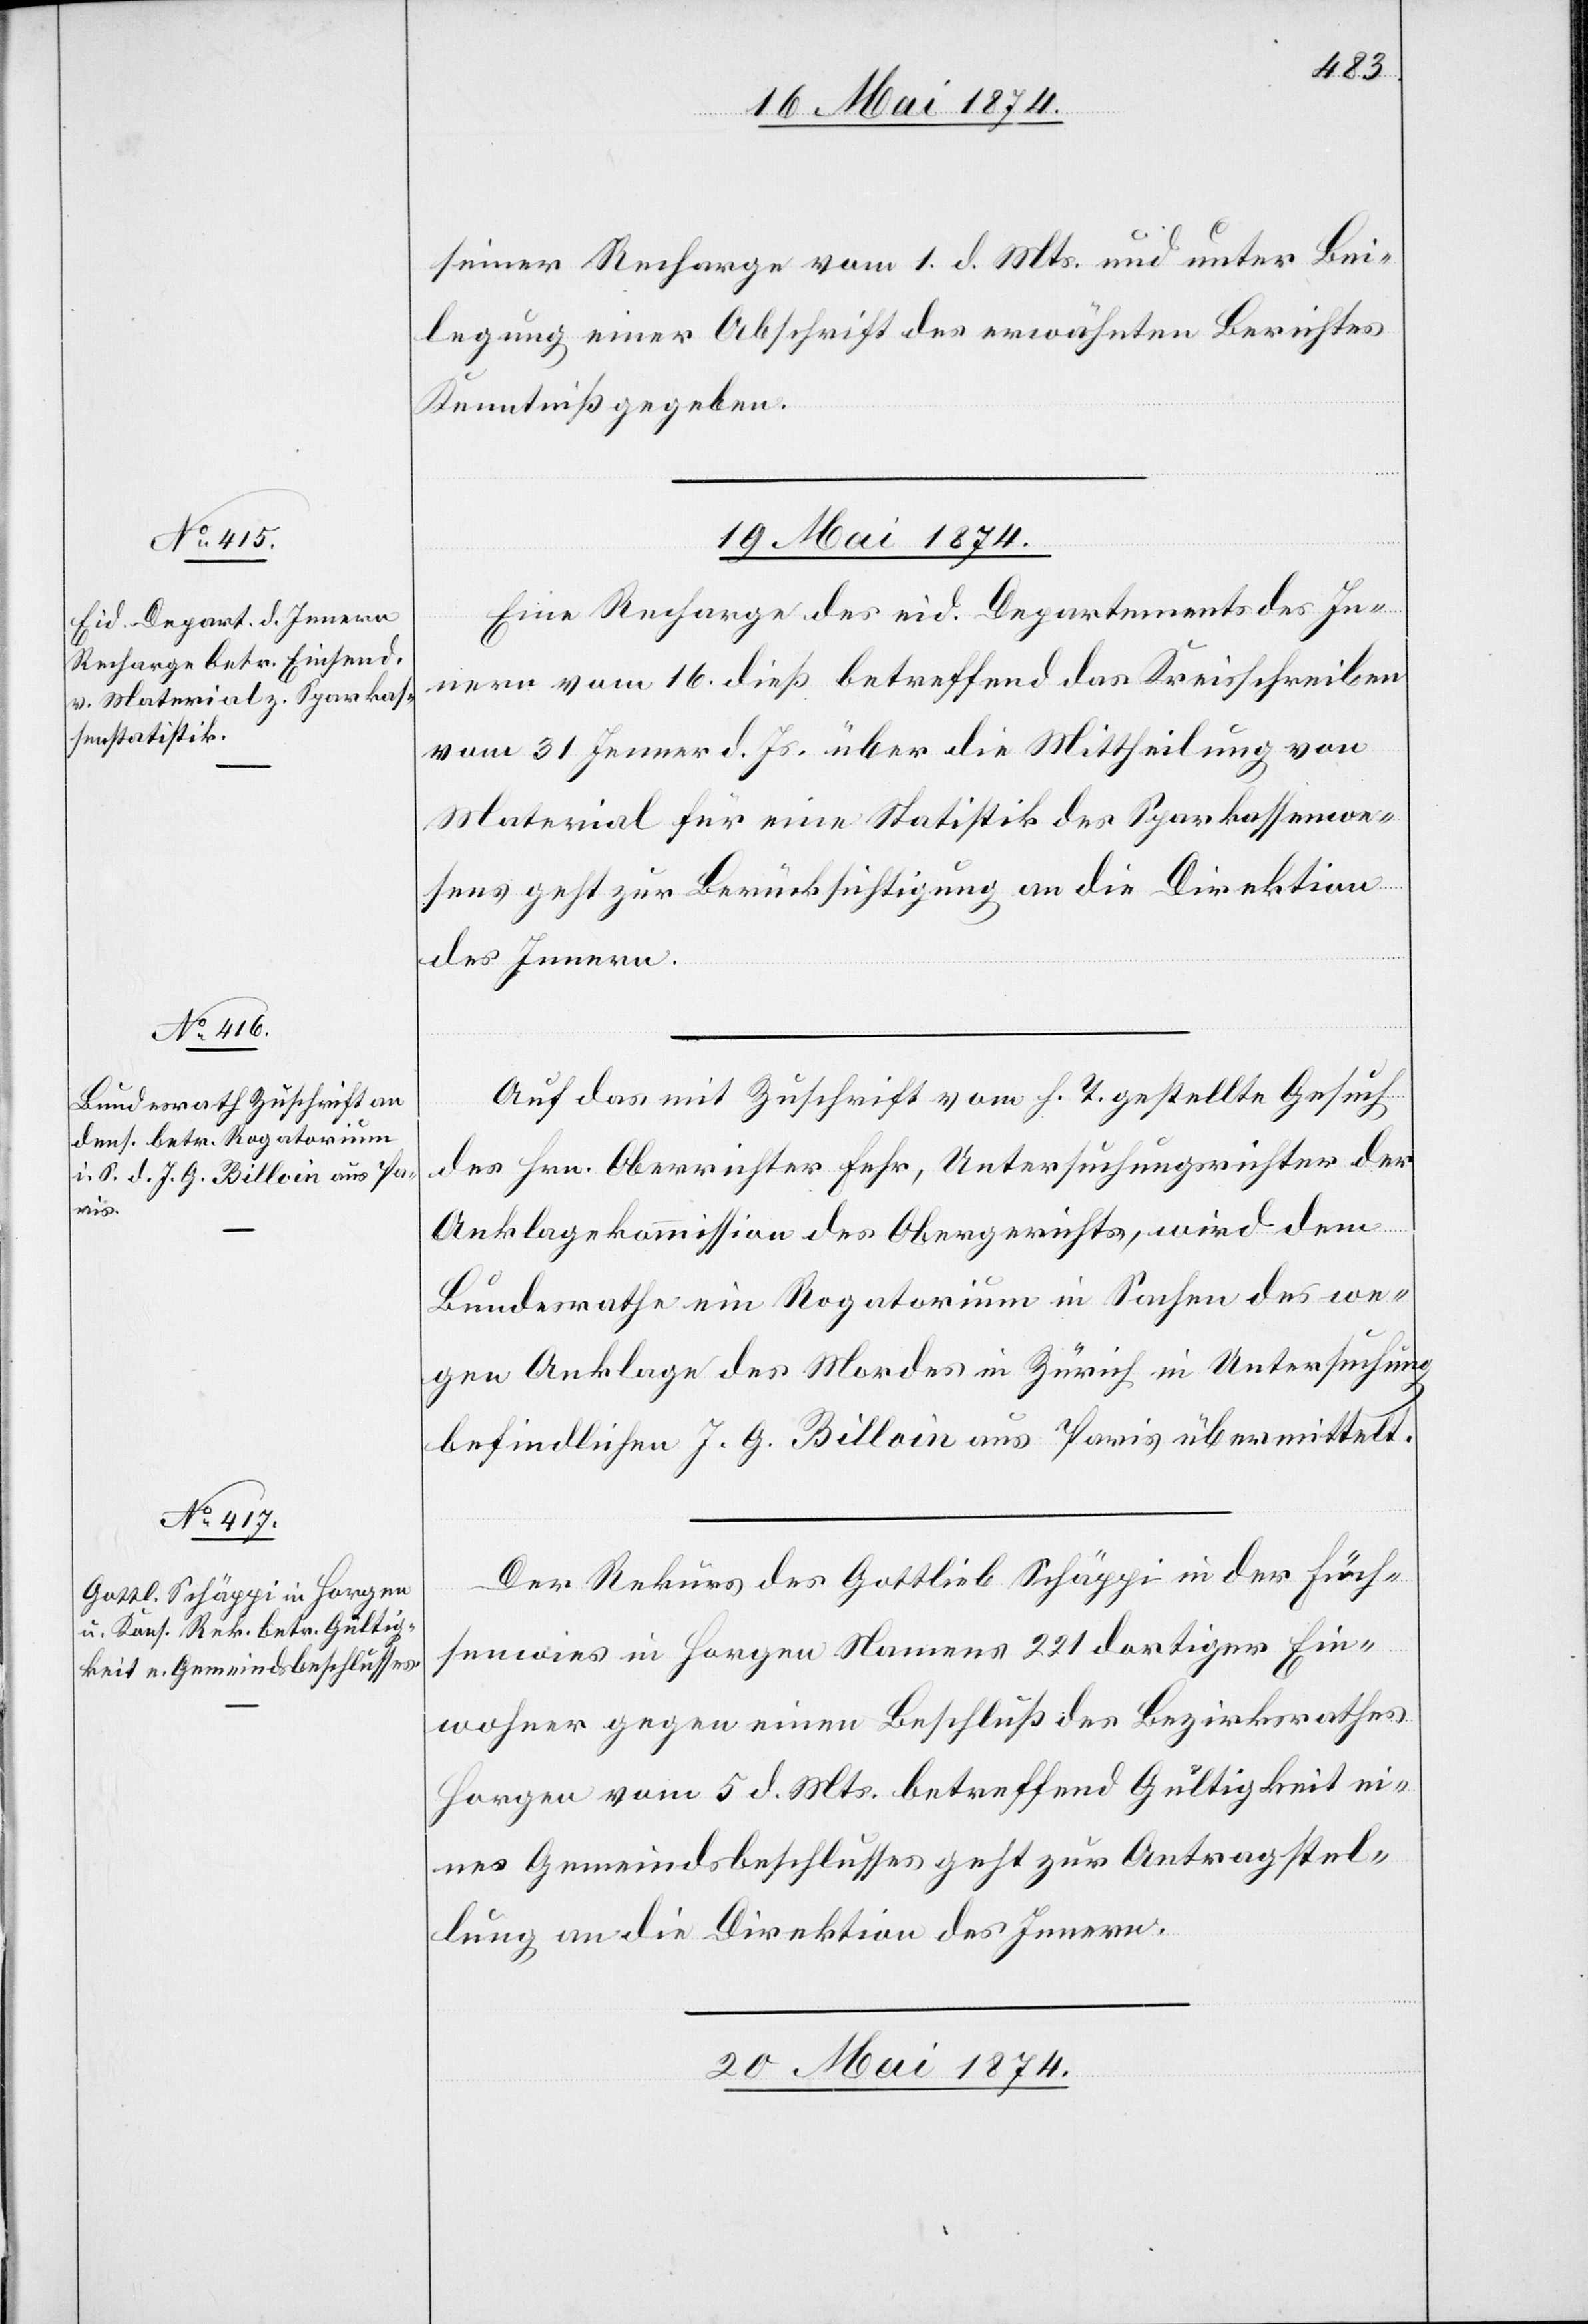
19. Mai 1874.]
seiner Recharge vom 1. d. Mts. und unter Bei¬
legung einer Abschrift des erwähnten Berichtes
Kenntniß gegeben.
19. Mai 1874.
Eine Recharge des eid. Departements des In¬
nern vom 16. dieß betreffend das Kreisschreiben
vom 31. Jenner d. Js. über die Mittheilung von
Material für eine Statistik des Sparkassenwe¬
sens geht zur Berücksichtigung an die Direktion
des Innern.
Auf das mit Zuschrift vom h. T. gestellte Gesuch
des Hrn. Oberrichter Fehr, Untersuchungsrichter der
Anklagekommission des Obergerichts, wird dem
Bundesrathe ein Rogatorium in Sachen des we¬
gen Anklage des Mordes in Zürich in Untersuchung
befindlichen J. G. Billoin aus Paris übermittelt.
Der Rekurs des Gottlieb Schäppi in der Füch¬
senwies in Horgen Namens 221 dortigen Ein¬
wohner gegen einen Beschluß des Bezirksrathes
Horgen vom 5. d. Mts. betreffend Gültigkeit ei¬
nes Gemeindsbeschlusses geht zur Antragstel¬
lung an die Direktion des Innern.